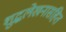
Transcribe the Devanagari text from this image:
शुद्धलेखनासहित